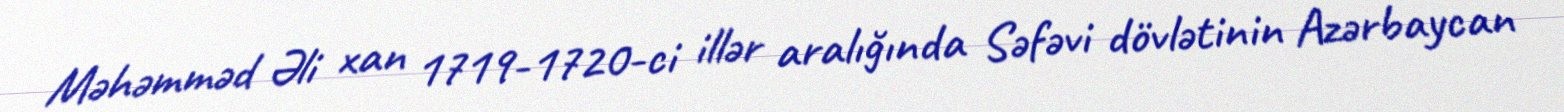
Məhəmməd Əli xan 1719-1720-ci illər aralığında Səfəvi dövlətinin Azərbaycan